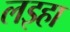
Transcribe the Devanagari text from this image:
लइहा